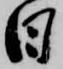
日